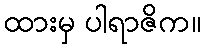
ထားမှ ပါရာဇိက။